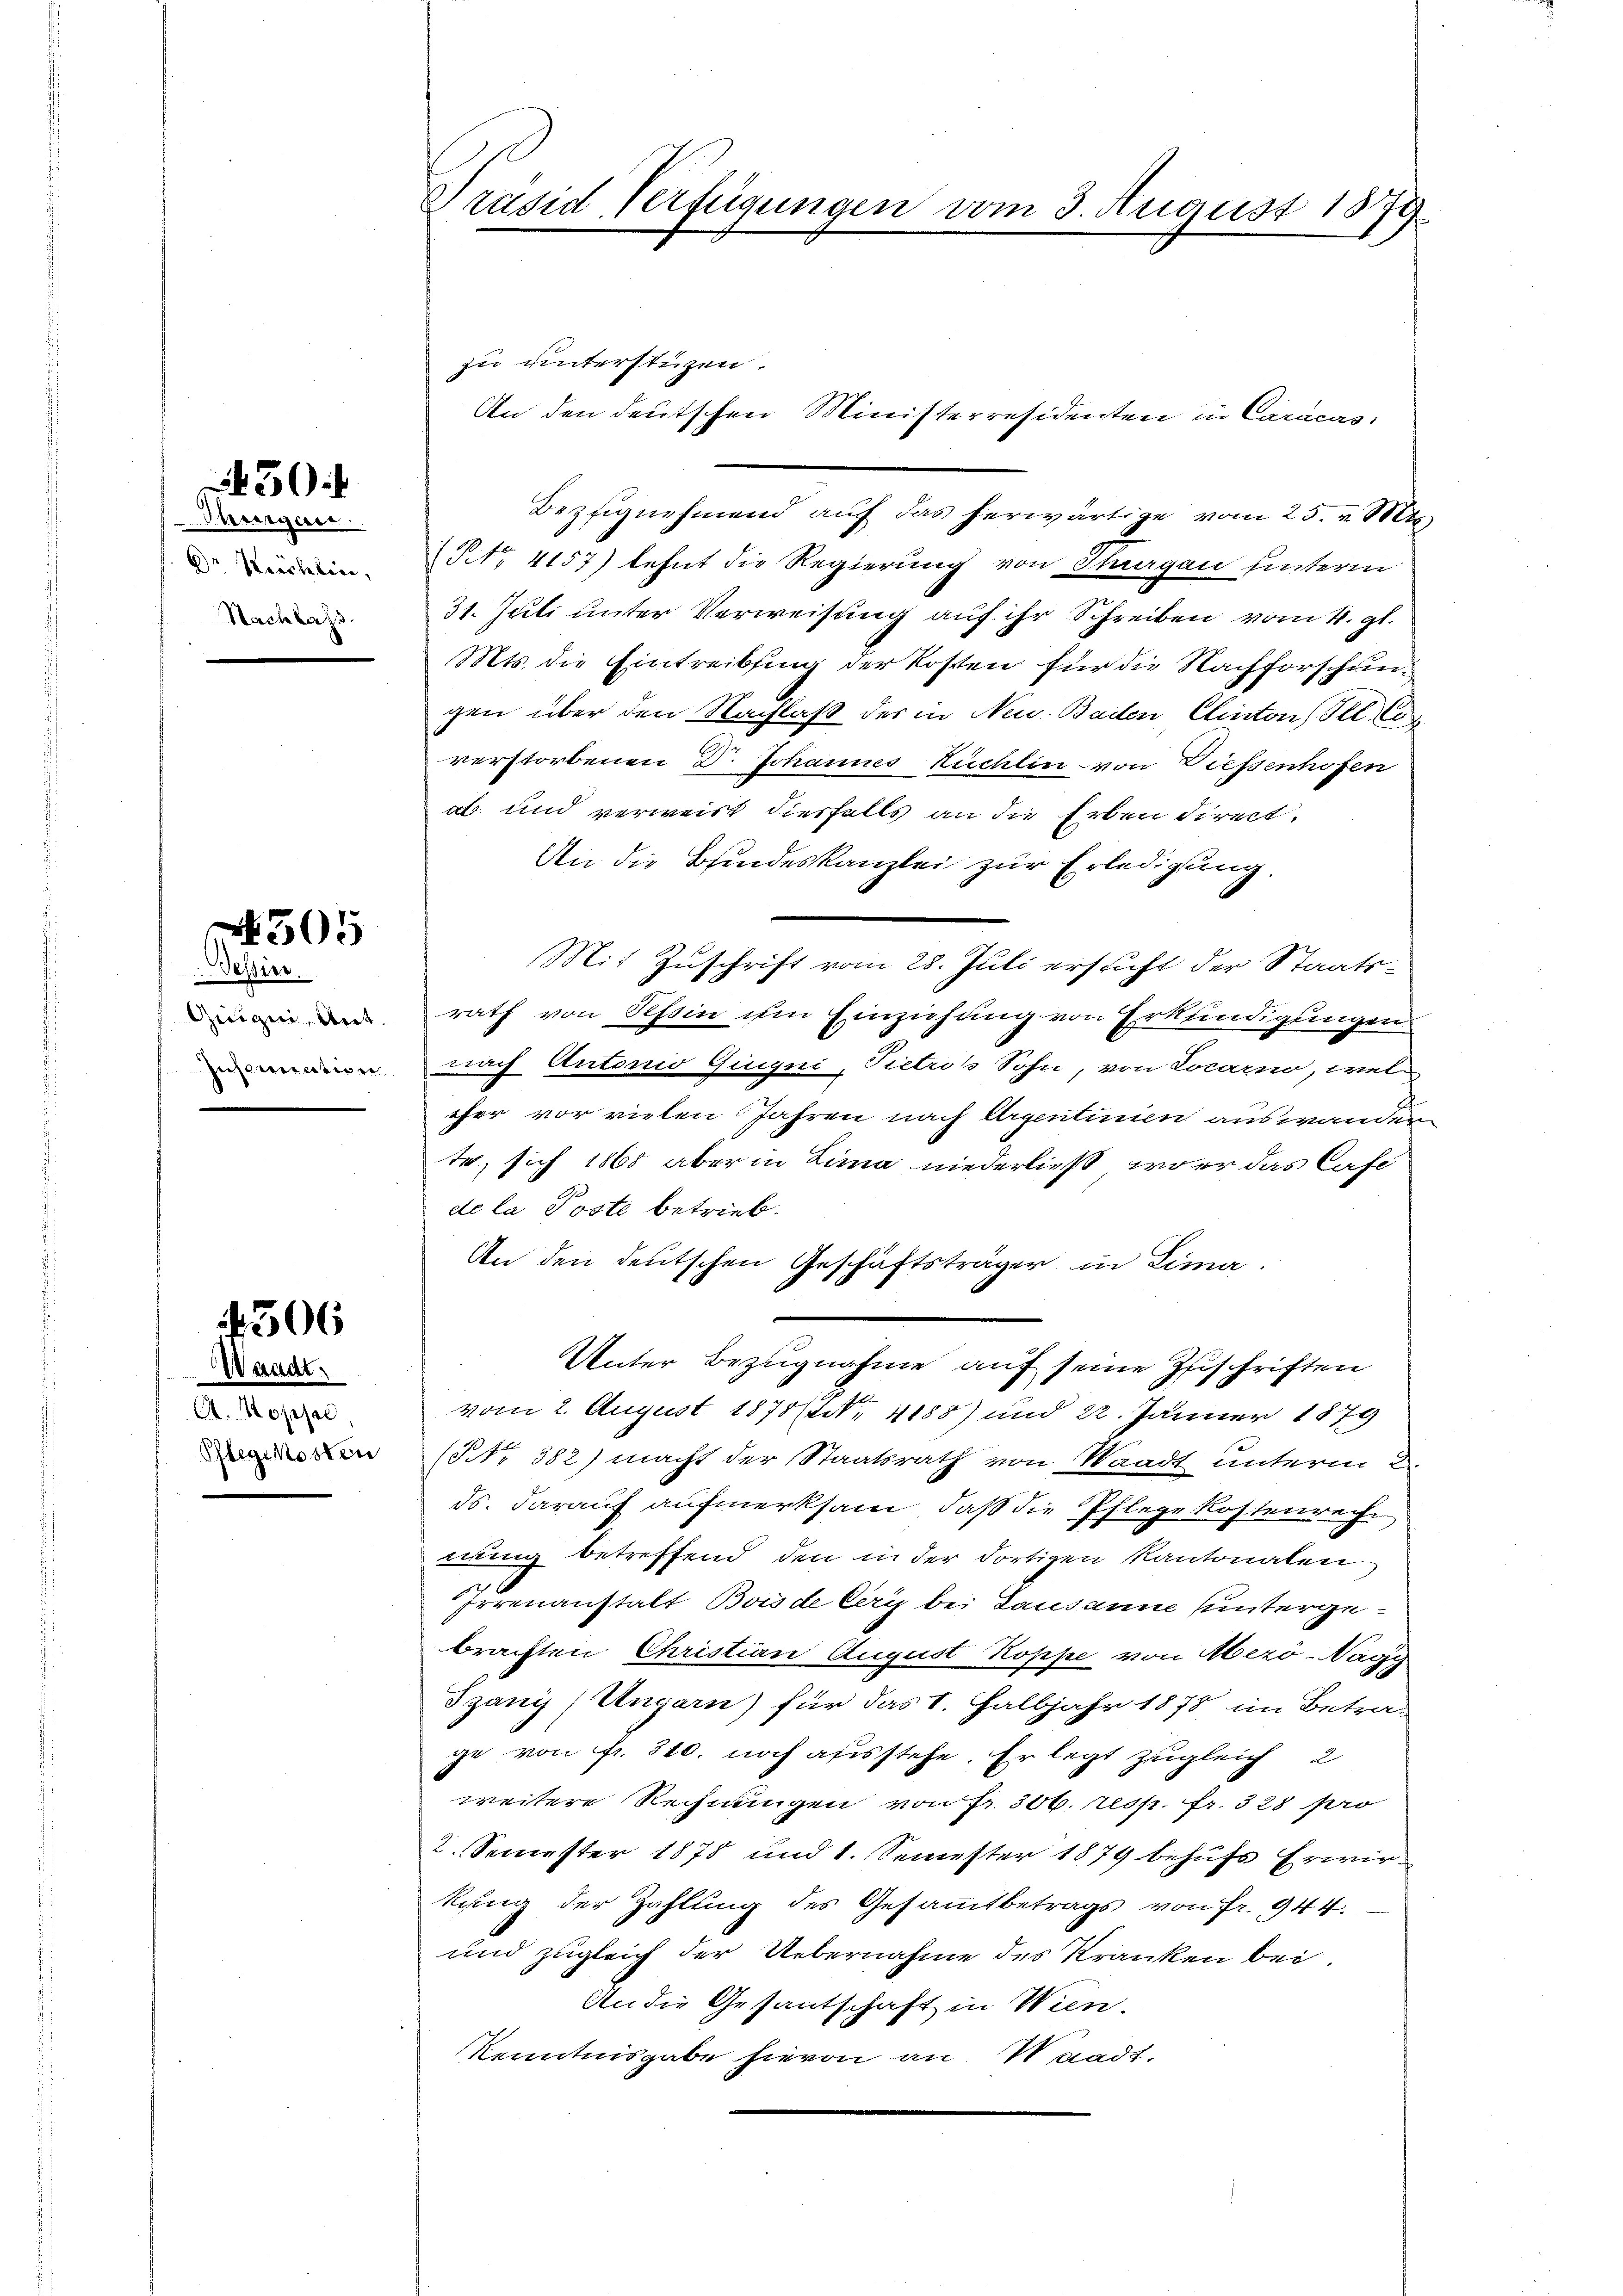
30

Gurergan
 Wichten,
Nachbars.

505

Tessin.
Geige, Ant.
Inspination

1306

Waadt.
A. Koppel,
Pflegekosten

Präsid Verfügungen vom 3. August 1879

zu untersteizen.
Bezfignehmend auf das herwärtige vom 25. v. Mts.
No 4157) lehnt die Regierung von Steegen hinterm
31. Juli unter Verweisung auf ihr Schreiben vom 4. gl.
Mts. die Eintreibsing der Kosten für die Nachforschungen über den Nachlaß der in Neu-Baden Clinton Ill. Co
verstorbenen D. Johannes Kuchlin - von Diessenhofen
ab und verweist diesfalls an die Erben direct.
An die Bindeskanzlei zur Erledigung.
Mit Zuschrift vom 28. Juli ersucht der Staatsrath von Tessin um Einziehung von Erkundigungen
nach Antonio Giugni, Pietros Sohn, von Locarno, wel
cher vor vielen Jahren nach Argentinien auswanden
te, sich 1865 aber in Lima niederließ, wo er das Cafe
de la Poste betrieb.
An den deutschen Geschäftsträger in Lima.
Unter Bezugnahme auf seine Zuschriften
vom 2. August 1878 / 4158) und 22. Jänner 1879
(NNo. 382) macht der Staatsrath von Waadt unterm 2
ds. darauf aufmerksam, daß die Pflege kostenrech
nung betreffend den in der dortigen Kantonalen¬
Irrenanstalt Bois de Cery bei Lausanne untergebrachten Christian August Koppe von Aberö-Nagy
Sgany (Ungarn) für das V. Halbjahr 1878 im Betra-
ge von fr. 310. noch afisstehe. Er legt zugleich 2
weitere Rechnungen von fr. 306. resp. fr. 328 pro
2. Semester 1878 und 1. Semester 1879 behufs Erwirkung der Zahlung des Gesammtbetrags von fr. 944.
und zugleich der Uebernahme des Kranken bei.
An die Gesantschaft in Wien.
Kenntnisgabe hievon an Waadt,

An den deutschen Ministerresidenten in Caracas